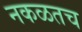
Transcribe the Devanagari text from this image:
नकळतच